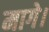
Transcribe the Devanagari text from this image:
मागे।